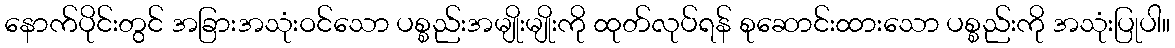
နောက်ပိုင်းတွင် အခြားအသုံးဝင်သော ပစ္စည်းအမျိုးမျိုးကို ထုတ်လုပ်ရန် စုဆောင်းထားသော ပစ္စည်းကို အသုံးပြုပါ။